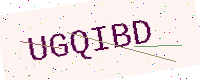
Text: UGQIBD